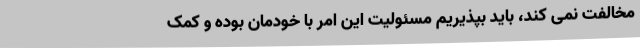
مخالفت نمی کند، باید بپذیریم مسئولیت این امر با خودمان بوده و کمک